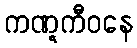
ကဏ္ဋကီဝနေ